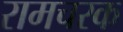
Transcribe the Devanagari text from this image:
रामचरक